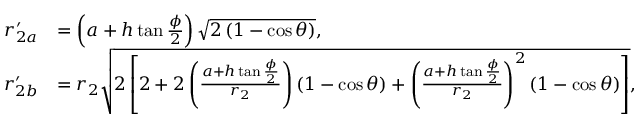
\begin{array} { r l } { r _ { 2 a } ^ { \prime } } & { = \left( a + h \tan { \frac { \phi } { 2 } } \right) \sqrt { 2 \left( 1 - \cos \theta \right) } , } \\ { r _ { 2 b } ^ { \prime } } & { = r _ { 2 } \sqrt { 2 \left[ 2 + 2 \left( \frac { a + h \tan { \frac { \phi } { 2 } } } { r _ { 2 } } \right) \left( 1 - \cos \theta \right) + \left( \frac { a + h \tan { \frac { \phi } { 2 } } } { r _ { 2 } } \right) ^ { 2 } \left( 1 - \cos \theta \right) \right] } , } \end{array}